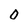
Character: O